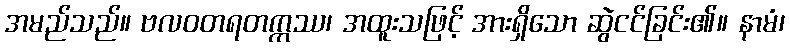
အမည်သည်။ ဗလဝတရတက္ကဿ၊ အထူးသဖြင့် အားရှိသော ဆွဲငင်ခြင်း၏။ နာမံ၊